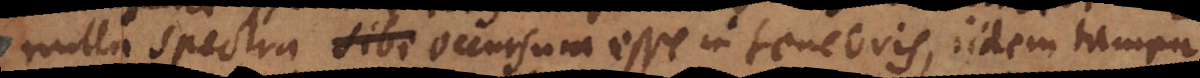
nulla spectra occursura esse in tenebris, iidem tamen